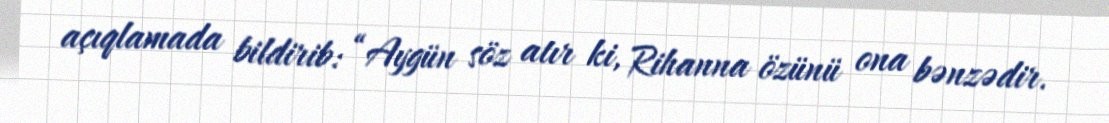
açıqlamada bildirib: “Aygün söz atır ki, Rihanna özünü ona bənzədir.